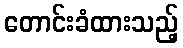
တောင်းခံထားသည့်